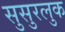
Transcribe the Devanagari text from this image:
सुसुरलुक